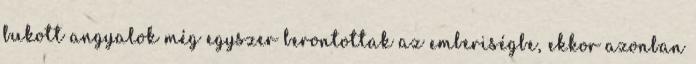
bukott angyalok még egyszer berontottak az emberiségbe, ekkor azonban